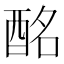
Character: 酩